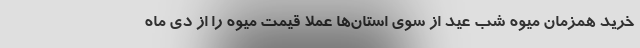
خرید همزمان میوه شب عید از سوی استان‌ها عملاً قیمت میوه را از دی ماه